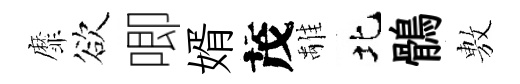
靡欲唧婿茂𩀌北鶻𢾾